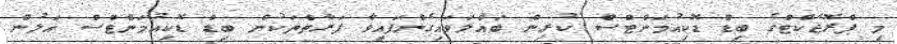
މި ޕްރޮޖެކްޓްގެ ބިޑް ޑޮކިއުމަންޓްސް ކުރިން ބައްލަވައިގެންފައިވާ ފަރާތްތަކުން ބިޑް ޑޮކިއުމަންޓްސް އަލުން